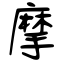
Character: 摩